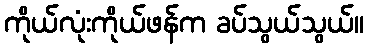
ကိုယ်လုံးကိုယ်ဖန်က ခပ်သွယ်သွယ်။